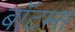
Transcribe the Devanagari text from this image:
बॉटम्स